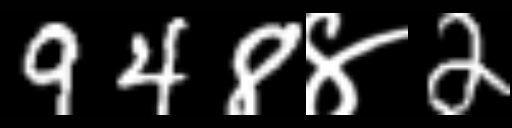
Text: 948४2